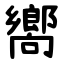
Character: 嚮